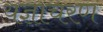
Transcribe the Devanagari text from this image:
यज्ञाचरण